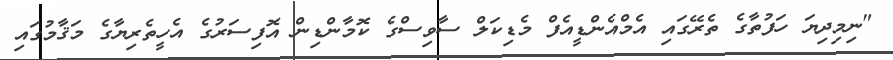
"ނިމިދިޔަ ހަފުތާގެ ތެރޭގައި އެމްއެންޑީއެފް މެޑިކަލް ސާވިސްގެ ކޮމާންޑިން އޮފިސަރުގެ އެހީތެރިޔާގެ މަޤާމުގައި